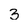
Character: 3